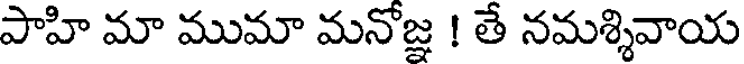
పాహి మా ముమా మనోజ్ఞ ! తే నమశ్శివాయ